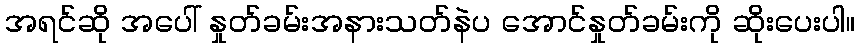
အရင်ဆို အပေါ် နှုတ်ခမ်းအနားသတ်နဲပ အောင်နှုတ်ခမ်းကို ဆိုးပေးပါ။